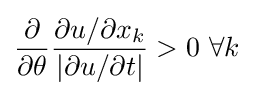
{\frac {\partial }{\partial \theta }}{\frac {\partial u/\partial x_{k}}{\left|\partial u/\partial t\right|}}>0\ \forall k